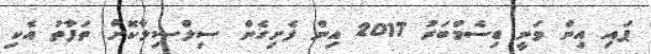
ޕައި އިން ވަނީ ޑިސެމްބަރު 2017 އިން ފެށިގެން ސިލްސިލާކޮށް ތަފާތު އެކި